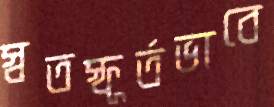
স্বতস্ফূর্তভাবে